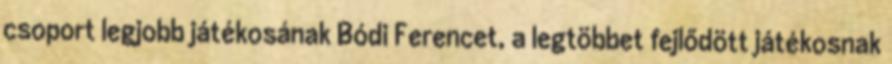
csoport legjobb játékosának Bódi Ferencet, a legtöbbet fejlődött játékosnak